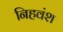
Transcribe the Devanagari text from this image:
निहवंश